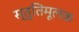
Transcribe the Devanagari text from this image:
स्तुतिमूलक